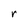
Character: r